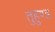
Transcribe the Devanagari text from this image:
तुहुण्ड